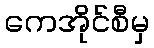
ကေအိုင်စီမှ